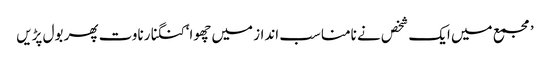
’مجمع میں ایک شخص نے نامناسب انداز میں چھوا‘کنگنا رناوت پھر بول پڑیں